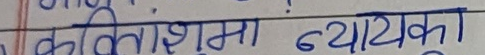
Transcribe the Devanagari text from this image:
को अधिकांशमा न्यायका